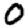
Digit: 0